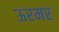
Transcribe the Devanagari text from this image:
ऊरमर